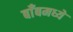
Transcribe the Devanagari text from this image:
बाँबमध्ये